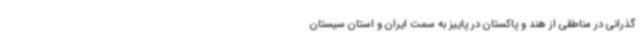
گذرانی در مناطقی از هند و پاکستان در پاییز به سمت ایران و استان سیستان